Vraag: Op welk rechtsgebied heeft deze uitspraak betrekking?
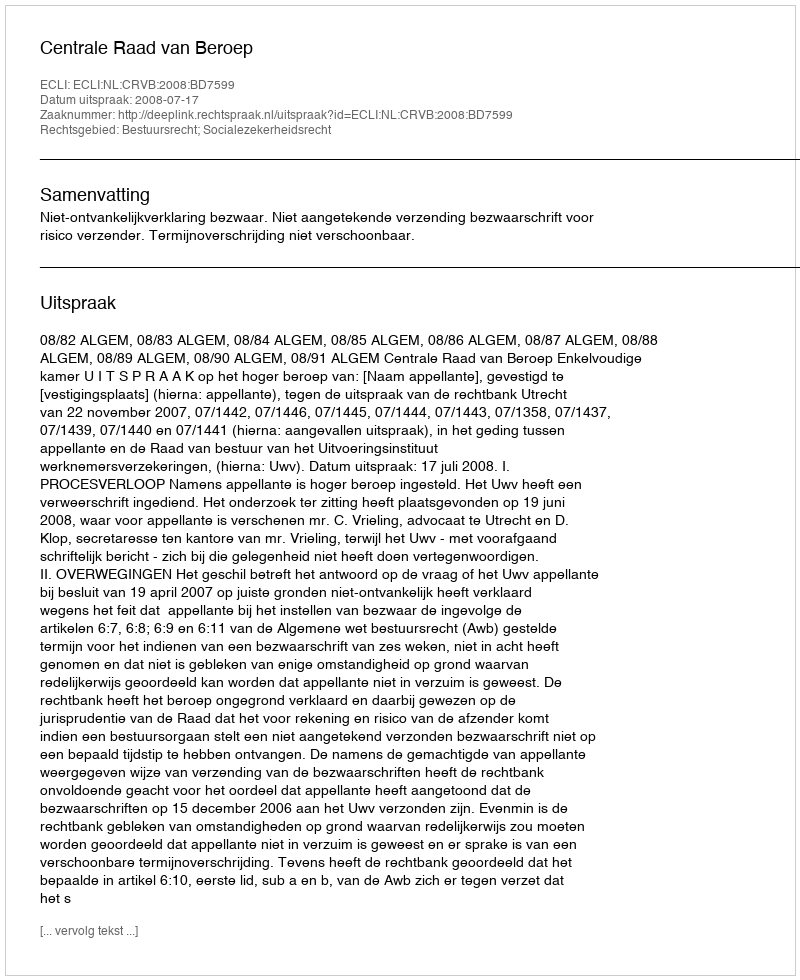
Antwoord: Bestuursrecht; Socialezekerheidsrecht